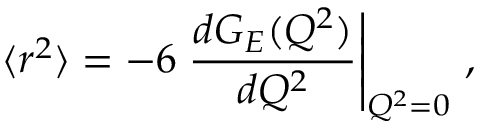
\langle r ^ { 2 } \rangle = - 6 \left. { \frac { d G _ { E } ( Q ^ { 2 } ) } { d Q ^ { 2 } } } \right| _ { Q ^ { 2 } = 0 } \, ,